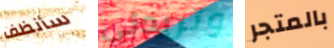
سأنظف وتريدني بالمتجر